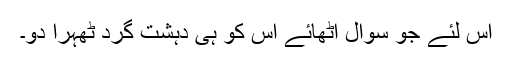
اس لئے جو سوال اٹھائے اس کو ہی دہشت گرد ٹھہرا دو۔